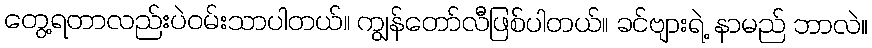
တွေ့ရတာလည်းပဲဝမ်းသာပါတယ်။ ကျွန်တော်လီဖြစ်ပါတယ်။ ခင်ဗျားရဲ့ နာမည် ဘာလဲ။